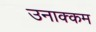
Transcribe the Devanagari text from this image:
उनाक्कम